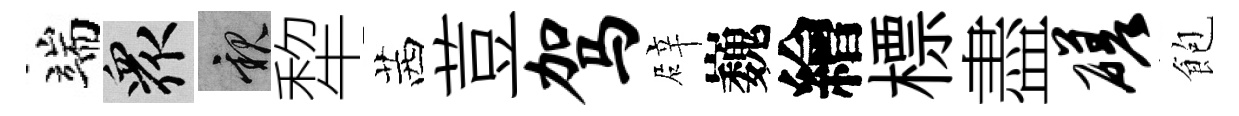
端衆親犂茜荳驾辟巍繪標盡磋飽